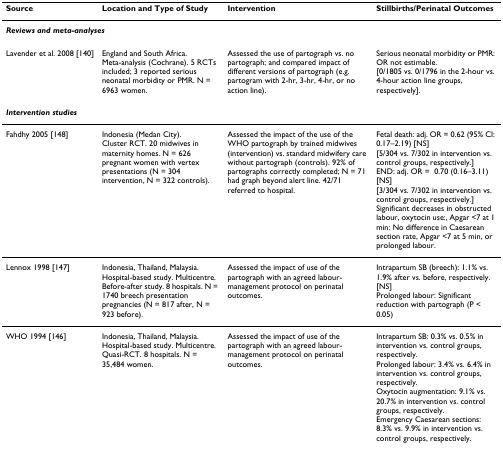
| Source | Location and Type of Study | Intervention | Stillbirths/Perinatal Outcomes |
 | --- | --- | --- | --- |
 | <COLSPAN=4> Reviews and meta-analyses |
 | Lavender et al. 2008 [140] | England and South Africa.Meta-analysis (Cochrane). 5 RCTs included; 3 reported serious neonatal morbidity or PMR. N = 6963 women. | Assessed the use of partograph vs. no partograph; and compared impact of different versions of partograph (e.g. partogram with 2-hr, 3-hr, 4-hr, or no action line). | Serious neonatal morbidity or PMR: OR not estimable.[0/1805 vs. 0/1796 in the 2-hour vs. 4-hour action line groups, respectively]. |
 | <COLSPAN=4> Intervention studies |
 | Fahdhy 2005 [148] | Indonesia (Medan City).Cluster RCT. 20 midwives in maternity homes. N = 626 pregnant women with vertex presentations (N = 304 intervention, N = 322 controls). | Assessed the impact of the use of the WHO partograph by trained midwives (intervention) vs. standard midwifery care without partograph (controls). 92% of partographs correctly completed; N = 71 had graph beyond alert line. 42/71 referred to hospital. | Fetal death: adj. OR = 0.62 (95% CI: 0.17–2.19) [NS][5/304 vs. 7/302 in intervention vs. control groups, respectively.]END: adj. OR =0.70 (0.16–3.11) [NS] [3/304 vs. 7/302 in intervention vs. control groups, respectively.]Significant decreases in obstructed labour, oxytocin use:, Apgar <7 at 1 min: No difference in Caesarean section rate, Apgar <7 at 5 min, or prolonged labour. |
 | Lennox 1998 [147] | Indonesia, Thailand, Malaysia. Hospital-based study. Multicentre.Before-after study. 8 hospitals. N = 1740 breech presentation pregnancies (N = 817 after, N = 923 before). | Assessed the impact of use of the partograph with an agreed labour-management protocol on perinatal outcomes. | Intrapartum SB (breech): 1.1% vs. 1.9% after vs. before, respectively. [NS]Prolonged labour: Significant reduction with partograph (P < 0.05) |
 | WHO 1994 [146] | Indonesia, Thailand, Malaysia. Hospital-based study. Multicentre.Quasi-RCT. 8 hospitals. N = 35,484 women. | Assessed the impact of use of the partograph with an agreed labour-management protocol on perinatal outcomes. | Intrapartum SB: 0.3% vs. 0.5% in intervention vs. control groups, respectively.Prolonged labour: 3.4% vs. 6.4% in intervention vs. control groups, respectively.Oxytocin augmentation: 9.1% vs. 20.7% in intervention vs. control groups, respectively.Emergency Caesarean sections: 8.3% vs. 9.9% in intervention vs. control groups, respectively. |